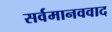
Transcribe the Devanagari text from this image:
सर्वमानववाद